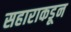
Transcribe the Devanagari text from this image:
सहाराकडून